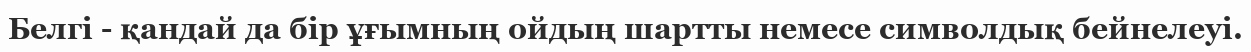
Белгі - қандай да бір ұғымның ойдың шартты немесе символдық бейнелеуі.